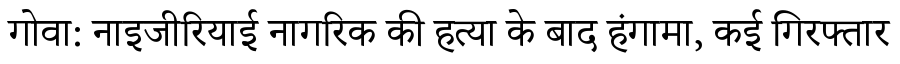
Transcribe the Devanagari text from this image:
गोवा: नाइजीरियाई नागरिक की हत्या के बाद हंगामा, कई गिरफ्तार